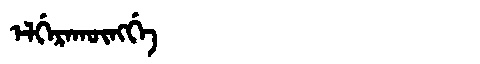
Manchu: ᡝᠯᡤᡝᡵᠠᡴᡡᠩᡤᡝ
Romanization: ELGERAKŪNGGE